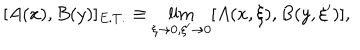
[ A ( x ) , B ( y ) ] _ { E . T . } \equiv \lim _ { \xi \to 0 , \xi ^ { \prime } \to 0 } [ A ( x , \xi ) , B ( y , \xi ^ { \prime } ) ] ,